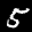
Label: 5